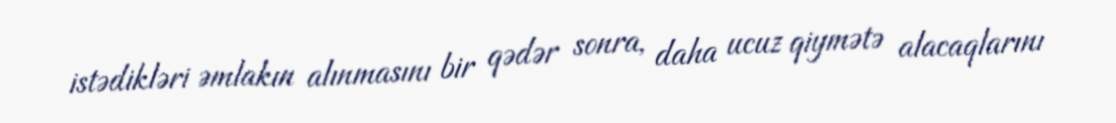
istədikləri əmlakın alınmasını bir qədər sonra, daha ucuz qiymətə alacaqlarını